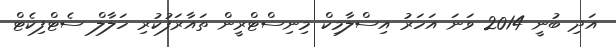
އަދި ބުނީ 2014 ވަނަ އަހަރު އިސްލާމިކް މިނިސްޓްރީން ތައާރަފުކުރި ހަލާލް ސެޓްފިކެޓް